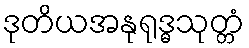
ဒုတိယအနုရုဒ္ဓသုတ္တံ